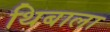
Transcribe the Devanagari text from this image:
थिबाला